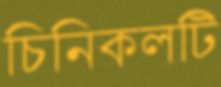
চিনিকলটি